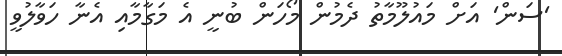
'ސަން' އަށް މައުލޫމާތު ދެމުން މޯހަން ބުނީ އެ މަގާމާއި އެނާ ހަވާލުވީ